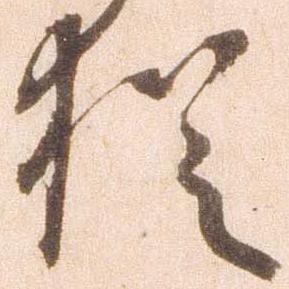
猶